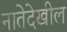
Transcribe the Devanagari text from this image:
नातेदेखील